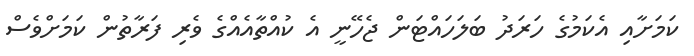
ކަމަށާއި އެކަމުގެ ހަރަދު ބަލަހައްޓަން ޖެހޭނީ އެ ކުއްތާއެއްގެ ވެރި ފަރާތުން ކަމަށްވެސް